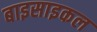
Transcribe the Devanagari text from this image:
बाइसाइकल